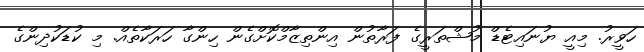
ހަވީރު. މިއީ ޔުނައިޓެޑް މުޝްތަރީގެ ފަރާތުން އިންތިޒާމްކޮށްގެން ހިންގާ ހަރަކާތެއް. މި ކުޑަކުދިންގެ